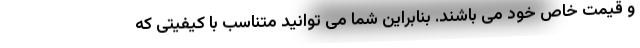
و قیمت خاص خود می باشند. بنابراین شما می توانید متناسب با کیفیتی که